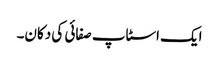
ایک اسٹاپ صفائی کی دکان۔